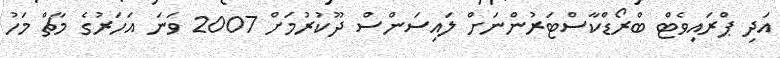
އަދި ޕްރައިވެޓް ބްރޯޑްކާސްޓަރުންނަށް ލައިސަންސް ދޫކުރުމަށް 2007 ވަނަ އަހަރުގެ މާޗް މަހު